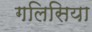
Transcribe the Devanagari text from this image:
गलिसिया